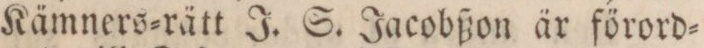
Kämners=rätt J. S. Jacobßon är förord=